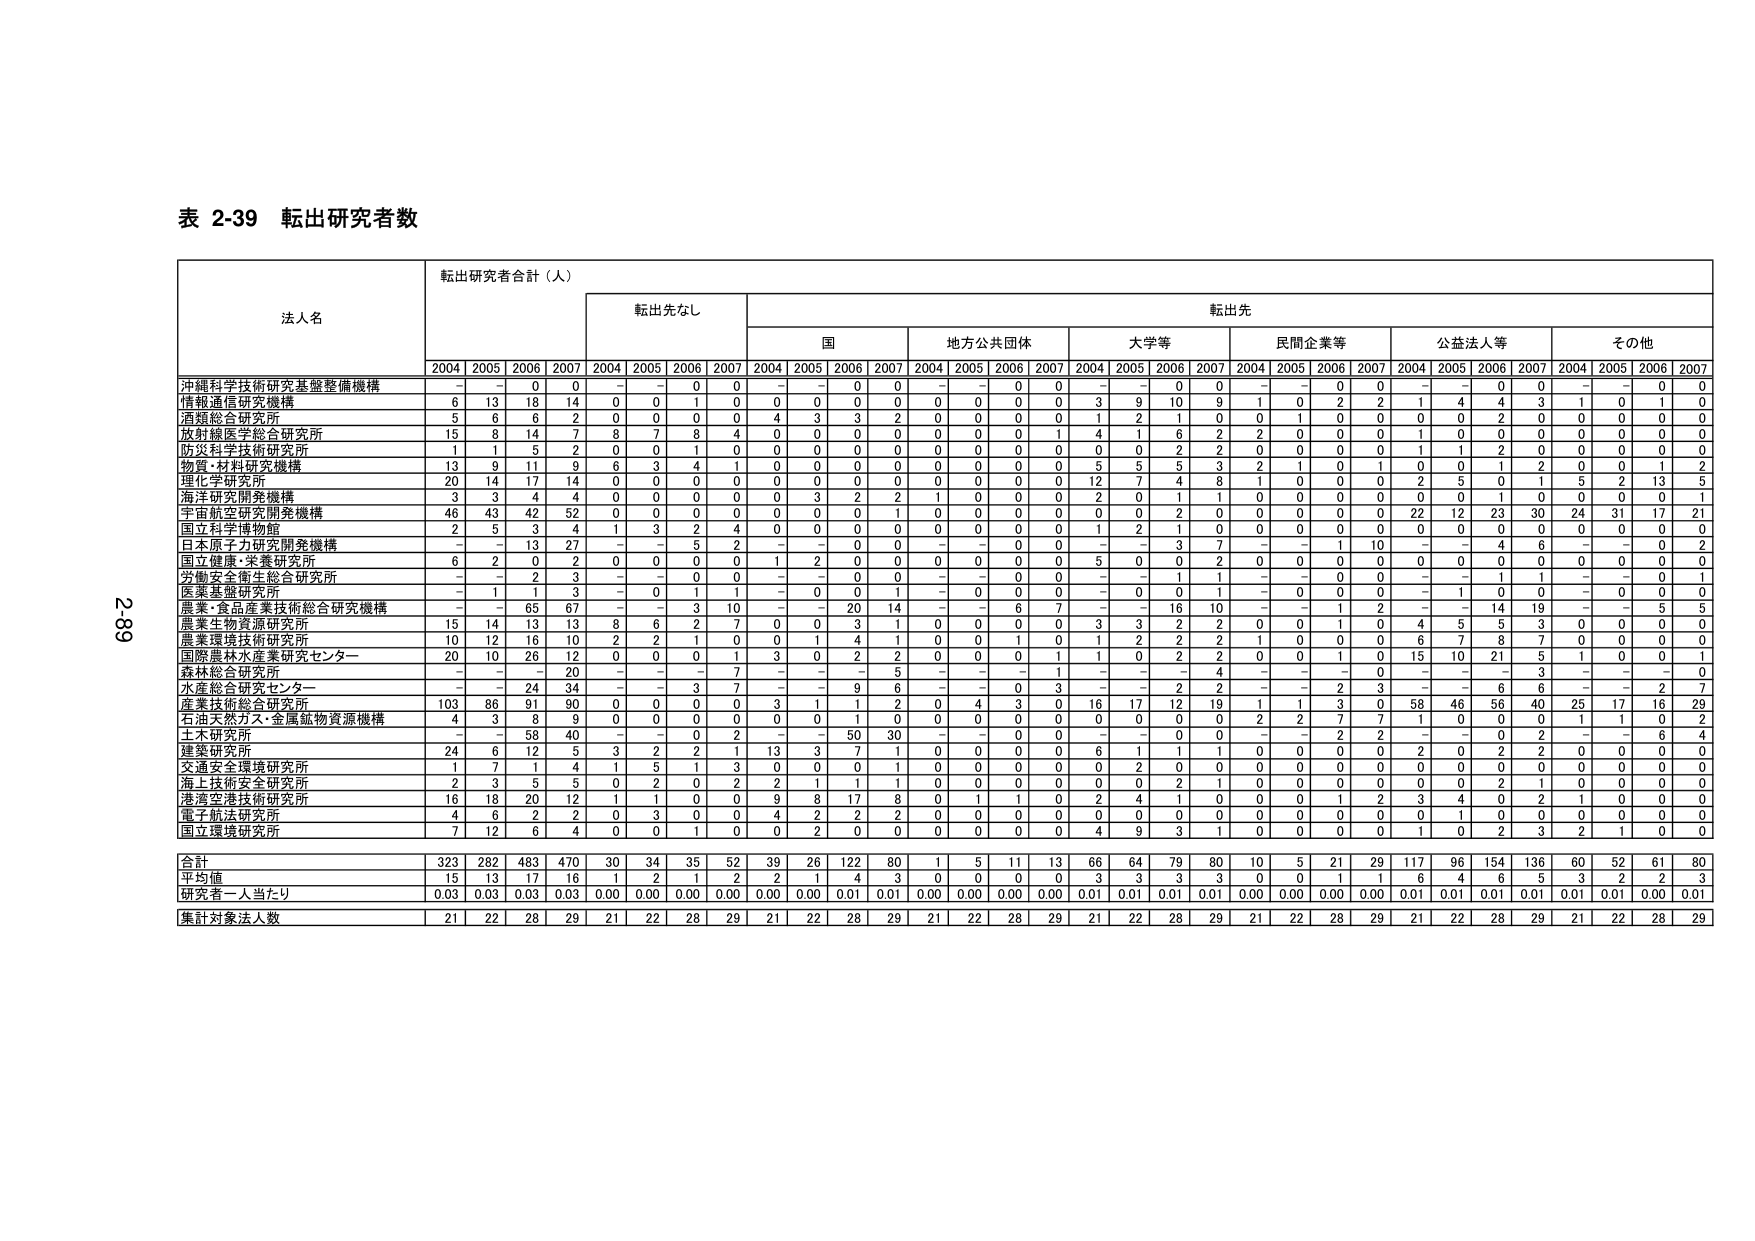
表 2-39 転出研究者数

法人名 転出研究者合計（人） 転出先なし 転出先
2004 2005 2006 2007 2004 2005 2006 2007 国 地方公共団体 大学等 民間企業等 公益法人等 その他
2004 2005 2006 2007 2004 2005 2006 2007 2004 2005 2006 2007 2004 2005 2006 2007 2004 2005 2006 2007 2004 2005 2006 2007

沖縄科学技術研究基盤整備機構 - - 0 0 - - 0 0 - - 0 0 - - 0 0 - - 0 0 - - 0 0 - - 0 0
情報通信研究機構 6 13 18 14 0 0 1 0 0 0 0 0 0 0 0 0 3 9 10 9 1 0 2 2 1 4 4 3 1 0 1 0
酒類総合研究所 5 6 6 2 0 0 0 0 4 3 3 2 0 0 0 0 1 2 1 0 0 1 0 0 0 0 2 0 0 0 0 0
放射線医学総合研究所 15 8 14 7 8 7 8 4 0 0 0 0 0 0 0 1 4 1 6 2 2 0 0 0 1 0 0 0 0 0 0 0
防災科学技術研究所 1 1 5 2 0 0 1 0 0 0 0 0 0 0 0 0 0 0 2 2 0 0 0 0 1 1 2 0 0 0 0 0
物質・材料研究機構 13 9 11 9 6 3 4 1 0 0 0 0 0 0 0 0 5 5 5 3 2 1 0 1 0 0 1 2 0 0 1 2
理化学研究所 20 14 17 14 0 0 0 0 0 0 0 0 0 0 0 0 12 7 4 8 1 0 0 0 2 5 0 1 5 2 13 5
海洋研究開発機構 3 3 4 4 0 0 0 0 0 3 2 2 1 0 0 0 2 0 1 1 0 0 0 0 0 0 1 0 0 0 0 1
宇宙航空研究開発機構 46 43 42 52 0 0 0 0 0 0 0 1 0 0 0 0 0 0 2 0 0 0 0 0 22 12 23 30 24 31 17 21
国立科学博物館 2 5 3 4 1 3 2 4 0 0 0 0 0 0 0 0 1 2 1 0 0 0 0 0 0 0 0 0 0 0 0 0
日本原子力研究開発機構 - - 13 27 - - 5 2 - - 0 0 - - 0 0 - - 3 7 - - 1 10 - - 4 6 - - 0 2
国立健康・栄養研究所 6 2 0 2 0 0 0 0 1 2 0 0 0 0 0 0 5 0 0 2 0 0 0 0 0 0 0 0 0 0 0 0
労働安全衛生総合研究所 - - 2 3 - - 0 0 - - 0 0 - - 0 0 - - 1 1 - - 0 0 - - 1 1 - - 0 1
医薬基盤研究所 - 1 1 3 - 0 1 1 - 0 0 1 - 0 0 0 - 0 0 1 - 0 0 0 - 1 0 0 - 0 0 0
農業・食品産業技術総合研究機構 - - 65 67 - - 3 10 - - 20 14 - - 6 7 - - 16 10 - - 1 2 - - 14 19 - - 5 5
農業生物資源研究所 15 14 13 13 8 6 2 7 0 0 3 1 0 0 0 0 3 3 2 2 0 0 1 0 4 5 5 3 0 0 0 0
農業環境技術研究所 10 12 16 10 2 2 1 0 0 1 4 1 0 0 1 0 1 2 2 2 1 0 0 0 6 7 8 7 0 0 0 0
国際農林水産業研究センター 20 10 26 12 0 0 0 1 3 0 2 2 0 0 0 1 1 0 2 2 0 0 1 0 15 10 21 5 1 0 0 1
森林総合研究所 - - - 20 - - - 7 - - - 5 - - - 1 - - - 4 - - - 0 - - - 3 - - - 0
水産総合研究センター - - 24 34 - - 3 7 - - 9 6 - - 0 3 - - 2 2 - - 2 3 - - 6 6 - - 2 7
産業技術総合研究所 103 86 91 90 0 0 0 0 3 1 1 2 0 4 3 0 16 17 12 19 1 1 3 0 58 46 56 40 25 17 16 29
石油天然ガス・金属鉱物資源機構 4 3 8 9 0 0 0 0 0 0 1 0 0 0 0 0 0 0 0 0 2 2 7 7 1 0 0 0 1 1 0 2
土木研究所 - - 58 40 - - 0 2 - - 50 30 - - 0 0 - - 0 0 - - 2 2 - - 0 2 - - 6 4
建築研究所 24 6 12 5 3 2 2 1 13 3 7 1 0 0 0 0 6 1 1 1 0 0 0 0 2 0 2 2 0 0 0 0
交通安全環境研究所 1 7 1 4 1 5 1 3 0 0 0 1 0 0 0 0 0 2 0 0 0 0 0 0 0 0 0 0 0 0 0 0
海上技術安全研究所 2 3 5 5 0 2 0 2 2 1 1 1 0 0 0 0 0 0 2 1 0 0 0 0 0 0 2 1 0 0 0 0
港湾空港技術研究所 16 18 20 12 1 1 0 0 9 8 17 8 0 1 1 0 2 4 1 0 0 0 1 2 3 4 0 2 1 0 0 0
電子航法研究所 4 6 2 2 0 3 0 0 4 2 2 2 0 0 0 0 0 0 0 0 0 0 0 0 0 1 0 0 0 0 0 0
国立環境研究所 7 12 6 4 0 0 1 0 0 2 0 0 0 0 0 0 4 9 3 1 0 0 0 0 1 0 2 3 2 1 0 0

合計 323 282 483 470 30 34 35 52 39 26 122 80 1 5 11 13 66 64 79 80 10 5 21 29 117 96 154 136 60 52 61 80
平均値 15 13 17 16 1 2 1 2 2 1 4 3 0 0 0 0 3 3 3 3 0 0 1 1 6 4 6 5 3 2 2 3
研究者一人当たり 0.03 0.03 0.03 0.03 0.00 0.00 0.00 0.00 0.00 0.00 0.01 0.01 0.00 0.00 0.00 0.00 0.01 0.01 0.01 0.01 0.00 0.00 0.00 0.00 0.01 0.01 0.01 0.01 0.01 0.01 0.00 0.01
集計対象法人数 21 22 28 29 21 22 28 29 21 22 28 29 21 22 28 29 21 22 28 29 21 22 28 29 21 22 28 29 21 22 28 29

2-89